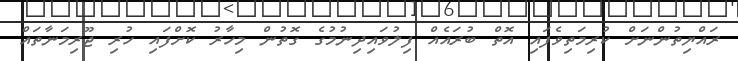
ރައްޔިތުންނަށް ކުރިމަތިވެފައި އޮތް ބުރައެއް ފިލުވައިދިނުމުގެ ގޮތުން މިހާރު ކޮށްފައި ހުރި ޖޫރިމަނާތައް